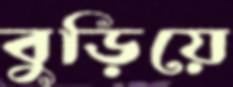
বুড়িয়ে